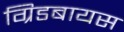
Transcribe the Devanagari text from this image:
ग्रिडबायस